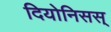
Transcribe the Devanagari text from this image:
दियोनिसस्